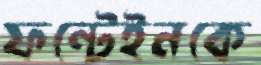
ফন্টেইনকে